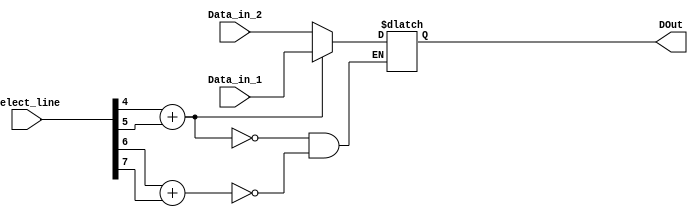
module mux_16bit_select_line(
    input [31:0] Data_in_1,
    input [31:0] Data_in_2,
    output reg [31:0] DOut,
    input [15:0] select_line
    );

reg sel1 = select_line[4] + select_line[5];
reg sel2 = select_line[6] + select_line[7];
always@(*)
begin

	if(sel1)
	begin
		DOut <= Data_in_1;
	end
	else if(sel2)
	begin
		DOut <= Data_in_2;
	end
	
end
endmodule